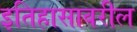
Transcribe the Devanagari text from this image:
इतिहासावरील